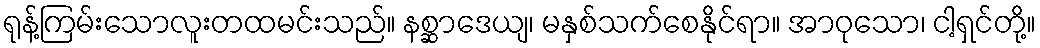
ရုန့်ကြမ်းသောလူးတထမင်းသည်။ နစ္ဆာဒေယျ၊ မနှစ်သက်စေနိုင်ရာ။ အာဝုသော၊ ငါ့ရှင်တို့။